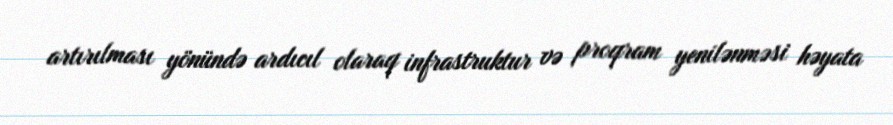
artırılması yönündə ardıcıl olaraq infrastruktur və proqram yenilənməsi həyata